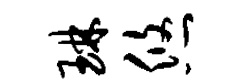
琳悠